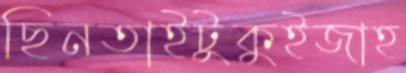
ছিনতাইটুকুইজাহ